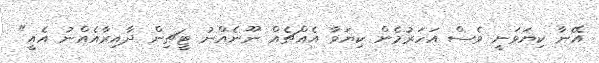
އޭނާ ކިޔަވަނީ ވެސް އަހަރުމެން ކިޔަވާ އެއްޗެއް ނޫނެއްނު ޓީޗިން ދާއިރާއެއްނު އެއީ"